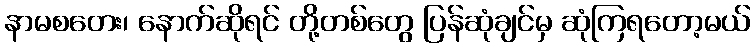
နာမစတေး၊ နောက်ဆိုရင် တို့တစ်တွေ ပြန်ဆုံချင်မှ ဆုံကြရတော့မယ်